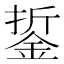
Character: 銴